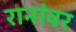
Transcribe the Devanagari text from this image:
रानांवर